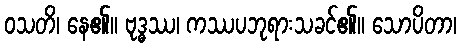
ဝသတိ၊ နေ၏။ ဗုဒ္ဓဿ၊ ကဿပဘုရားသခင်၏။ သောပိတာ၊